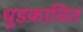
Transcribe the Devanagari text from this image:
धुडकावित